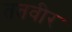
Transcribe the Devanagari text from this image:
ततवीर